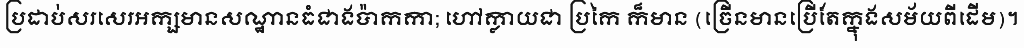
ប្រដាប់សរសេរអក្សមានសណ្ឋានធំជាងប៉ាកកា; ហៅក្លាយជា ប្រកៃ ក៏មាន (ច្រើនមានប្រើតែក្នុងសម័យពីដើម)។